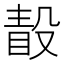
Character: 𣪭